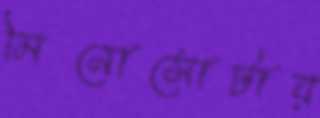
মিনোসোটায়